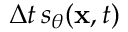
\Delta t \, s _ { \theta } ( \mathbf { x } , t )